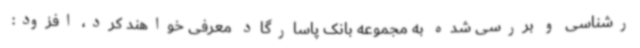
رشناسی و بررسی شده به مجموعه بانک پاسارگاد معرفی خواهند کرد، افزود: